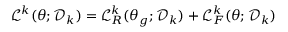
\mathcal { L } ^ { k } ( \theta ; \mathcal { D } _ { k } ) = \mathcal { L } _ { R } ^ { k } ( \theta _ { g } ; \mathcal { D } _ { k } ) + \mathcal { L } _ { F } ^ { k } ( \theta ; \mathcal { D } _ { k } )